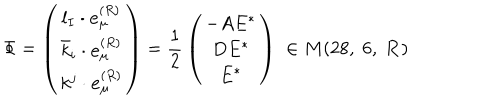
{ \Phi } = \left( \begin{array} { c } { { l _ { I } \cdot { \bf e } _ { \mu } ^ { ( R ) } } } \\ { { { \bar { k } } _ { i } \cdot { \bf e } _ { \mu } ^ { ( R ) } } } \\ { { k ^ { j } \cdot { \bf e } _ { \mu } ^ { ( R ) } } } \\ \end{array} \right) = { \frac { 1 } { 2 } } \left( \begin{array} { c } { { - A E ^ { * } } } \\ { { D E ^ { * } } } \\ { { E ^ { * } } } \\ \end{array} \right) \; \in M ( 2 8 , \; 6 , \; { \bf R } )